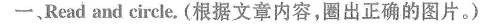
一.Read and circle. (根据文章内容,圈出正确的图片.)